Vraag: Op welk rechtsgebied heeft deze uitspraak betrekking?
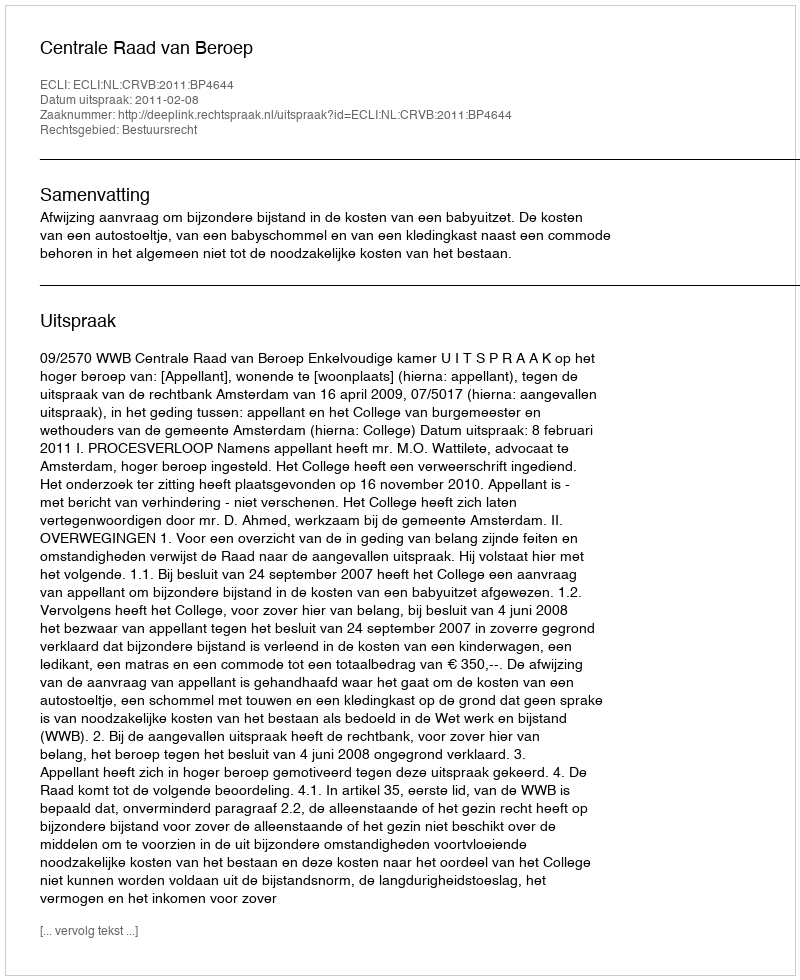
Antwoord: Bestuursrecht